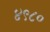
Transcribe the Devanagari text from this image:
४९८०